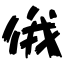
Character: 俄